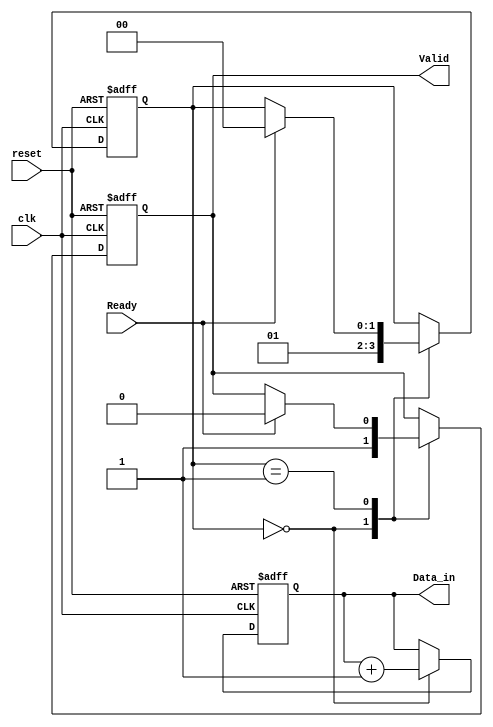
module producer (
    input wire clk,
    input wire reset,
    output reg [7:0] Data_in,
    output reg Valid,
    input wire Ready
);
    // State management
    reg [1:0] state; // 0: Idle, 1: Data Ready, 2: Waiting for Ready

    always @(posedge clk or posedge reset) begin
        if (reset) begin
            Data_in <= 8'b0;
            Valid <= 1'b0;
            state <= 2'b00; // Idle state
        end else begin
            case (state)
                2'b00: begin // Idle state
                    // Generate new data
                    Data_in <= Data_in + 1; // Example data generation
                    Valid <= 1'b1; // Indicate data is valid
                    state <= 2'b01; // Move to Data Ready state
                end
                2'b01: begin // Data Ready state
                    if (Ready) begin
                        // Data is accepted by consumer
                        Valid <= 1'b0; // Deassert Valid
                        state <= 2'b00; // Go back to Idle state
                    end
                end
            endcase
        end
    end
endmodule